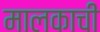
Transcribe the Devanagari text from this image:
मालकाची